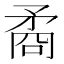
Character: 矞